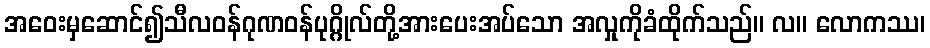
အဝေးမှဆောင်၍သီလဝန်ဂုဏဝန်ပုဂ္ဂိုလ်တို့အားပေးအပ်သော အလှုကိုခံထိုက်သည်။ လ။ လောကဿ၊